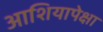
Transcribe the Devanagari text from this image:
आशियापेक्षा